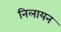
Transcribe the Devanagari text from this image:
निलायन